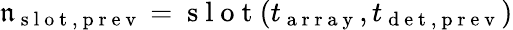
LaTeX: \mathfrak{n}_{\mathrm{{~s~l~o~t~,~p~r~e~v~}}}=\mathrm{{~s~l~o~t~}}(t_{\mathrm{{~a~r~r~a~y~}}},t_{\mathrm{{~d~e~t~,~p~r~e~v~}}})